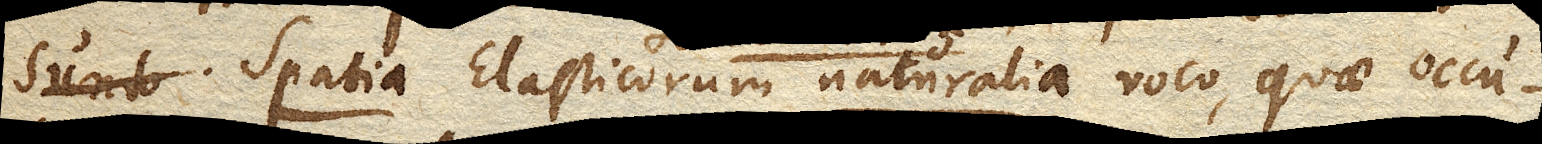
Sunto. Spatia Elasticorum naturalia voco, quae occu–